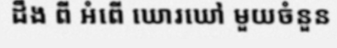
ដឹង ពី អំពើ ឃោរឃៅ មួយចំនួន